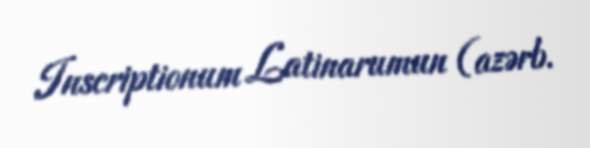
Inscriptionum Latinarumun (azərb.